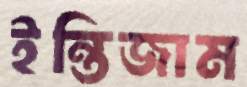
ইন্তিজাম